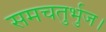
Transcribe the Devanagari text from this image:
समचतुर्भुज।